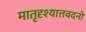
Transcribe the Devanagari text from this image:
मातृदृश्यात्तवदनो